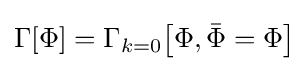
\Gamma [\Phi ]=\Gamma _{k=0}{\big [}\Phi ,{\bar {\Phi }}=\Phi {\big ]}